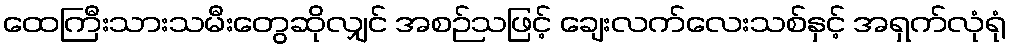
ထေကြီးသားသမီးတွေဆိုလျှင် အစဉ်သဖြင့် ချေးလက်လေးသစ်နှင့် အရှက်လုံရုံ